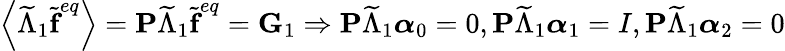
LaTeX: \left\langle\widetilde{\Lambda}_{1}\widetilde{\textbf{f}}^{eq}\right\rangle=\textbf{P}\widetilde{\Lambda}_{1}\widetilde{\textbf{f}}^{eq}=\textbf{G}_{1}\Rightarrow\textbf{P}\widetilde{\Lambda}_{1}\boldsymbol{\alpha}_{0}=0,\textbf{P}\widetilde{\Lambda}_{1}\boldsymbol{\alpha}_{1}=I,\textbf{P}\widetilde{\Lambda}_{1}\boldsymbol{\alpha}_{2}=0